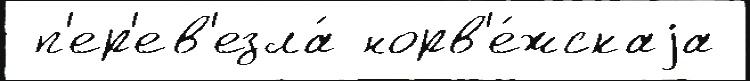
 п'ер'ев'езла́ норв'е́жскаjа